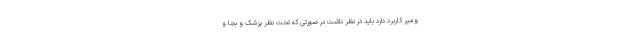
ومیر کاربرد دارد باید در نظر داشت در صورتی که تحت نظر پزشک و بجا و